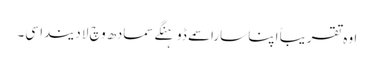
اوہ تقریباً اپنا سارا سمے ڈوہنگے سمادھ وچ لا دیندا سی۔